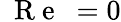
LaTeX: \mathrm{~{~R~e~}~}=0